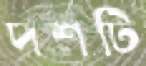
দশটি